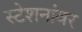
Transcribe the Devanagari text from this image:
स्टेशनांवर